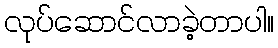
လုပ်ဆောင်လာခဲ့တာပါ။